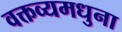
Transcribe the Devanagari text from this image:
वक्तव्यमधुना